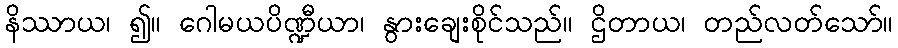
နိဿာယ၊ ၍။ ဂေါမယပိဏ္ဍီယာ၊ နွားချေးစိုင်သည်။ ဌိတာယ၊ တည်လတ်သော်။